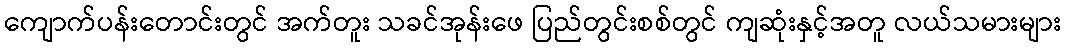
ကျောက်ပန်းတောင်းတွင် အက်တူး သခင်အုန်းဖေ ပြည်တွင်းစစ်တွင် ကျဆုံးနှင့်အတူ လယ်သမားများ